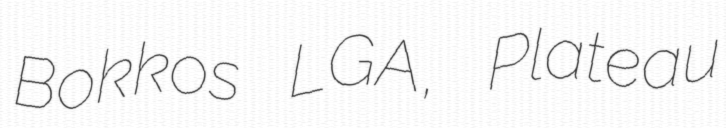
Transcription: Bokkos LGA, Plateau